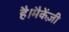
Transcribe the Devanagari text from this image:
है।मैकेंज़ी